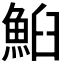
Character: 𩶧